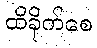
ထိခိုက်စေ